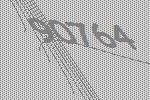
90764